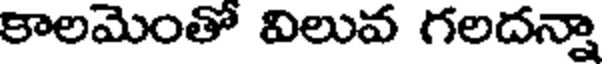
కాలమెంతో విలువ గలదన్నా